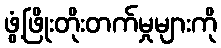
ဖွံ့ဖြိုးတိုးတက်မှုများကို